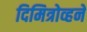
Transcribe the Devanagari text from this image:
दिमित्रोव्हने